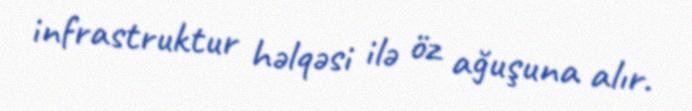
infrastruktur həlqəsi ilə öz ağuşuna alır.